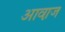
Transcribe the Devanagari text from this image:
आवा़ज